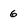
Character: 6